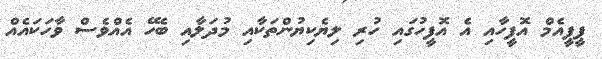
ޕީޕީއެމް އޮފީހާއި އެ އޮފީހުގައި ހުރި ލިޔެކިޔުންތަކާއި މުދަލާއި ބެހޭ އެއްވެސް ވާހަކައެއް